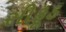
સીફૂડ